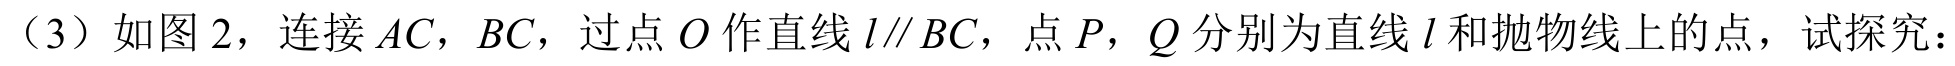
（3）如图 2，连接\(AC\)，\(BC\)，过点\(O\)作直线\(l\parallel BC\)，点\(P\)，\(Q\)分别为直线\(l\)和抛物线上的点，试探究：